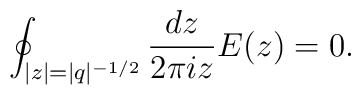
\oint_{|z|=|q|^{-1/2}} \frac{dz}{2\pi i z} E(z)=0.